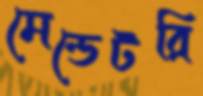
মেন্ডেটরি